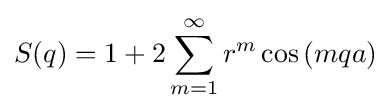
S(q)=1+2\sum _{m=1}^{\infty }r^{m}\cos \left(mqa\right)